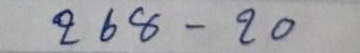
268 - 20